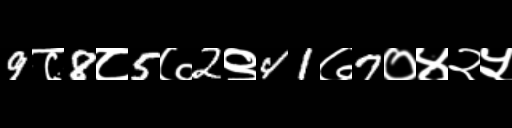
Text: 9८8८5७2९41७7०४२५